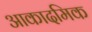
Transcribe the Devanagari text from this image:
आकादमिक